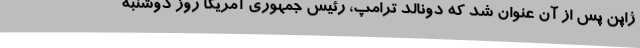
ژاپن پس از آن عنوان شد که دونالد ترامپ، رئیس جمهوری آمریکا روز دوشنبه